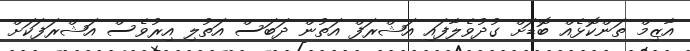
އާޒިމް ތަންކޮޅެއް ބޮޑަށް ގުދުވެލާފައި އަޝްރަފް އަތުން ދަބަސް އަތުލި އިރުވެސް އަޝްރަފަކަށް